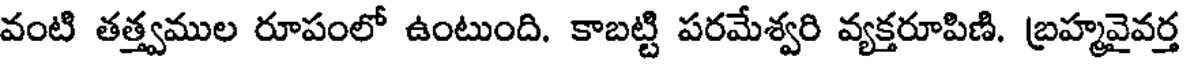
వంటి తత్త్వముల రూపంలో ఉంటుంది. కాబట్టి పరమేశ్వరి వ్యక్తరూపిణి. బ్రహ్మవైవర్త